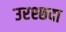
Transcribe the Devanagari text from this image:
उरश्छदा